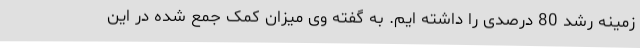
زمینه رشد 80 درصدی را داشته ایم. به گفته وی میزان کمک جمع شده در این